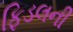
ફિડલની